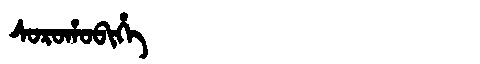
Manchu: ᠰᠣᡵᠣᡥᠣᠪᡳᡥᡝ
Romanization: SOROHOBIHE